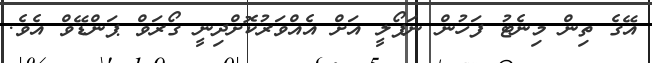
އޭގެ ތިން މިނެޓު ފަހުން ނަޕޯލީ އަށް އެއްވަރުކޮށްދިނީ ގޯރަވް ޕަންޑޭވް އެވެ.